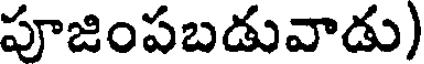
పూజింపబడువాడు)